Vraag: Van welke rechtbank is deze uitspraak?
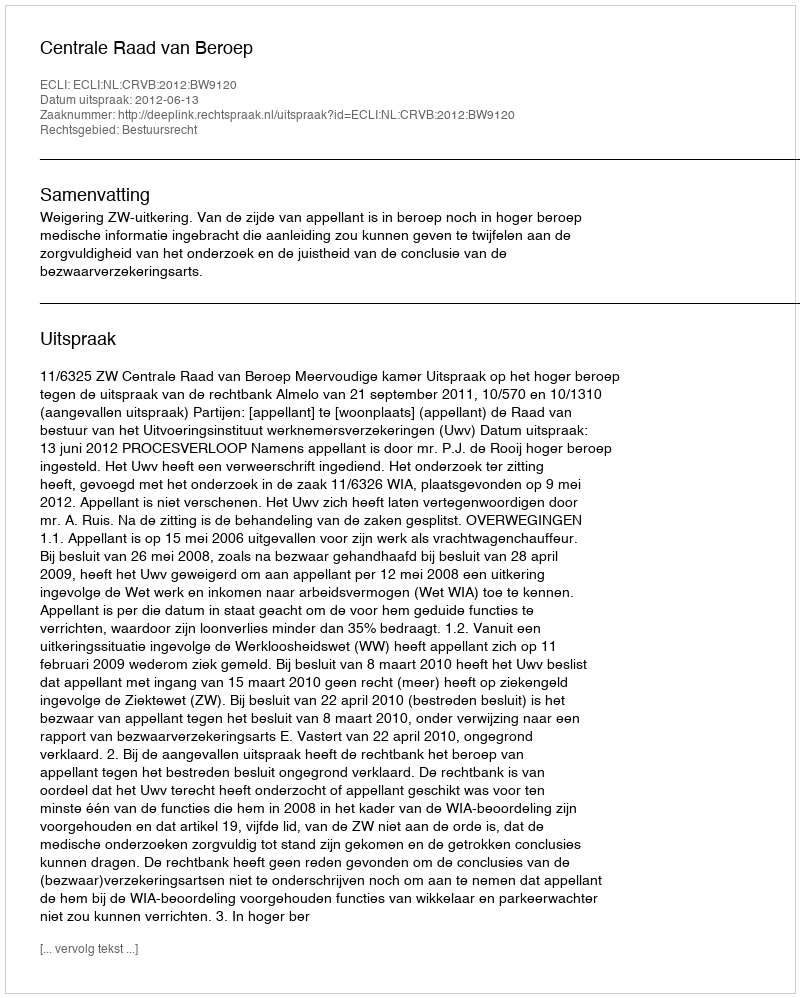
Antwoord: Centrale Raad van Beroep